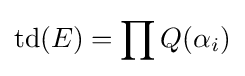
\operatorname {td} (E)=\prod Q(\alpha _{i})